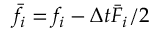
{ \bar { f } _ { i } } = { f _ { i } } - \Delta t { \bar { F } _ { i } } / 2